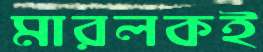
মারলকই